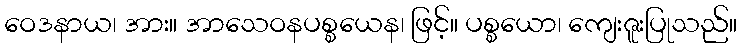
ဝေဒနာယ၊ အား။ အာသေဝနပစ္စယေန၊ ဖြင့်။ ပစ္စယော၊ ကျေးဇူးပြုသည်။